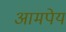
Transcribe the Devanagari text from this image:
आमपेय